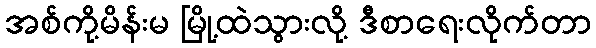
အစ်ကို့မိန်းမ မြို့ထဲသွားလို့ ဒီစာရေးလိုက်တာ